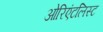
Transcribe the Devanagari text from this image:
ओरिएंटलिस्ट